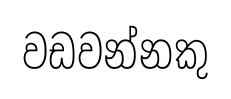
වඩවන්නකු